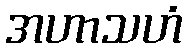
အဟာသဟံ